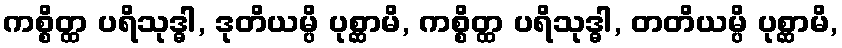
ကစ္စိတ္ထ ပရိသုဒ္ဓါ, ဒုတိယမ္ပိ ပုစ္ဆာမိ, ကစ္စိတ္ထ ပရိသုဒ္ဓါ, တတိယမ္ပိ ပုစ္ဆာမိ,